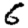
Digit: 6